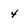
Character: 4